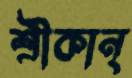
শ্রীকান্